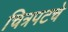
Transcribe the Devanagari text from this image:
चित्रपटचे